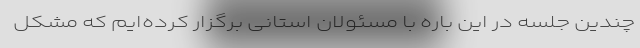
چندین جلسه در این باره با مسئولان استانی برگزار کرده‌ایم که مشکل